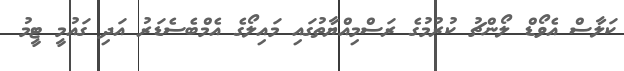
ކަލާސް އެވޯޑް ލޯންޗު ކުރުމުގެ ރަސްމިއްޔާތުގައި މައިލޯގެ އެމްބެސެޑަރު އަދި ގައުމީ ޓީމު